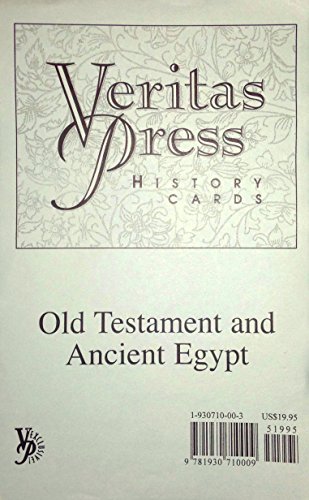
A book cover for Old Testament and Ancient Egypt Flashcards; Laurie Detweiler; Children's Books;